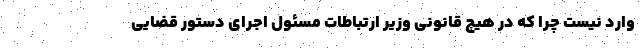
وارد نیست چرا که در هیچ قانونی وزیر ارتباطات مسئول اجرای دستور قضایی